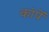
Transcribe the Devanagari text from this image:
कांपें